Annual report of the Bengal Veterinary College and of the Civil Veterinary Department, Bengal, for the year 1909-1910 - 1909-1910
Year: 1909
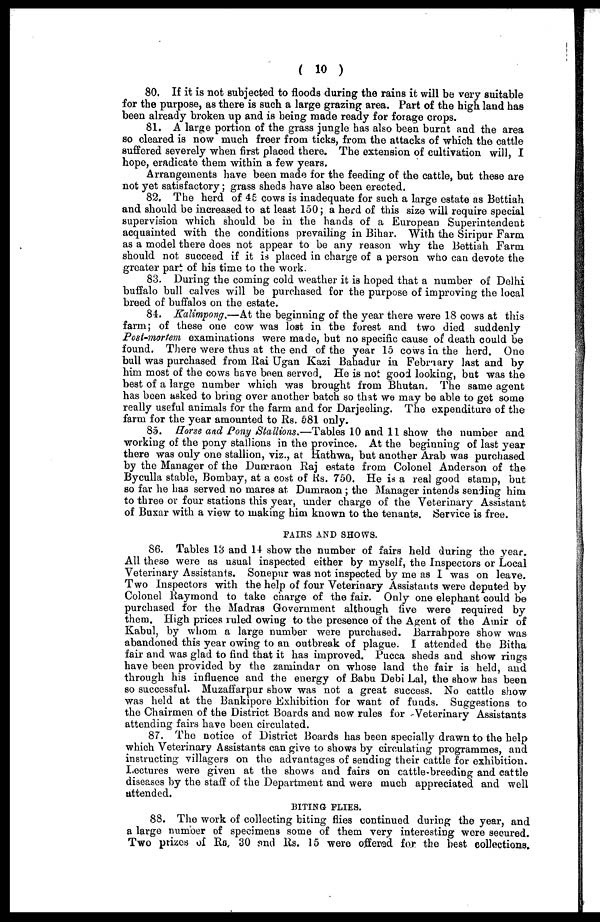
( 10 )
80. If it is not subjected to floods during the rains it will be very suitable
for the purpose, as there is such a large grazing area. Part of the high land has
been already broken up and is being made ready for forage crops.
81. A large portion of the grass jungle has also been burnt and the area
so cleared is now much freer from ticks, from the attacks of which the cattle
suffered severely when first placed there. The extension of cultivation will, I
hope, eradicate them within a few years.
Arrangements have been made for the feeding of the cattle, but these are
not yet satisfactory; grass sheds have also been erected,
82. The herd of 45 cows is inadequate for such a large estate as Bettiah
and should be increased to at least 150; a herd of this size will require special
supervision which should be in the hands of a European Superintendent
acquainted with the conditions prevailing in Bihar. With the Siripur Farm
as a model there does not appear to be any reason why the Bettiah Farm
should not succeed if it is placed in charge of a person who can devote the
greater part of his time to the work.
83. During the coming cold weather it is hoped that a number of Delhi
buffalo bull calves will be purchased for the purpose of improving the local
breed of buffalos on the estate.
84. Kalimpong.—At the beginning of the year there were 18 cows at this
farm; of these one cow was lost in the forest and two died suddenly
Post-mortem examinations were made, but no specific cause of death could be
found. There were thus at the end of the year 15 cows in the herd. One
bull was purchased from Rai Ugan Kazi Bahadur in February last and by
him most of the cows have been served. He is not good looking, but was the
best of a large number which was brought from Bhutan. The same agent
has been asked to bring over another batch so that we may be able to get some
really useful animals for the farm and for Darjeeling. The expenditure of the
farm for the year amounted to Rs. 581 only.
85. Horse and Pony Stallions.—Tables 10 and 11 show the number and
working of the pony stallions in the province. At the beginning of last year
there was only one stallion, viz., at Hathwa, but another Arab was purchased
by the Manager of the Dumraon Raj estate from Colonel Anderson of the
Byculla stable, Bombay, at a cost of Rs. 750. He is a real good stamp, but
so far he has served no mares at Dumraon ; the Manager intends sending him
to three or four stations this year, under charge of the Veterinary Assistant
of Buxar with a view to making him known to the tenants. Service is free.
FAIRS AND SHOWS.
86. Tables 18 and 14 show the number of fairs held during the year.
All these were as usual inspected either by myself, the Inspectors or Local
Veterinary Assistants, Sonepur was not inspected by me as I was on leave.
Two Inspectors with the help of four Veterinary Assistants were deputed by
Colonel Raymond to take charge of the fair. Only one elephant could be
purchased for the Madras Government although five were required by
them. High prices ruled owing to the presence of the Agent of the Amir of
Kabul, by whom a large number were purchased. Barrahpore show was
abandoned this year owing to an outbreak of plague. I attended the Bitha
fair and was glad to find that it has improved. Pucca sheds and show rings
have been provided by the zamindar on whose land the fair is held, and
through his influence and the energy of Babu Debi Lal, the show has been
so successful. Muzaffarpur show was not a great success. No cattle show
was held at the Bankipore Exhibition for want of funds. Suggestions to
the Chairmen of the District Boards and new rules for Veterinary Assistants
attending fairs have been circulated.
87. The notice of District Boards has been specially drawn to the help
which Veterinary Assistants can give to shows by circulating programmes, and
instructing villagers on the advantages of sending their cattle for exhibition.
Lectures were given at the shows and fairs on cattle-breeding and cattle
diseases by the staff of the Department and were much appreciated and well
attended.
BITING PLIES.
88. The work of collecting biting flies continued during the year, and
a large number of specimens some of them very interesting were secured.
Two prizes of Rs. 30 and Rs. 15 were offered for the best collections.